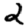
Digit: 2